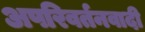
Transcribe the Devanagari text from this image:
अपरिवर्तनवादी